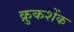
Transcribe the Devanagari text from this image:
क्रुकशेंक